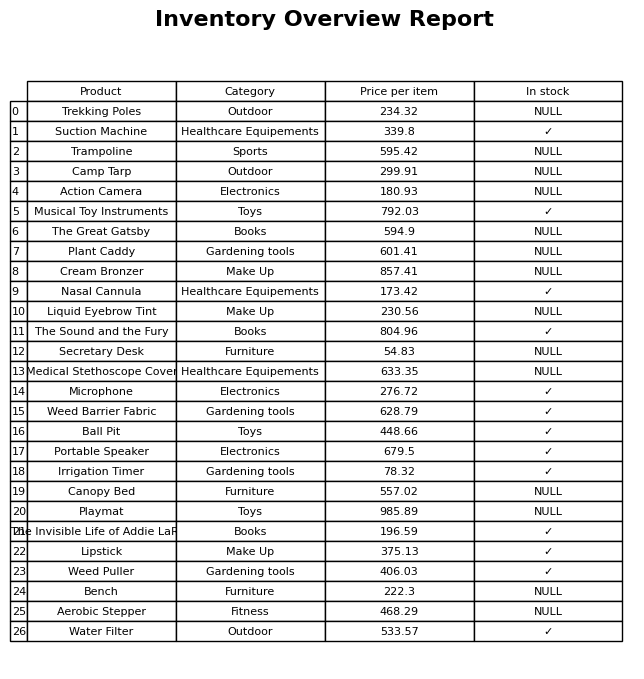
question: What is the stock status of the The Great Gatsby?
answer: NULL